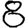
Digit: 8